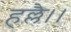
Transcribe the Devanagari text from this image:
हल्लै।।